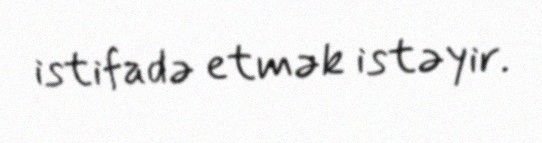
istifadə etmək istəyir.